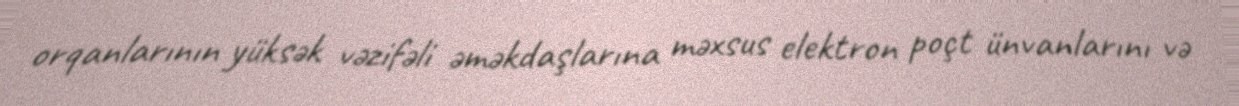
orqanlarının yüksək vəzifəli əməkdaşlarına məxsus elektron poçt ünvanlarını və